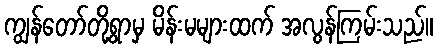
ကျွန်တော်တို့ရွာမှ မိန်းမများထက် အလွန်ကြမ်းသည်။